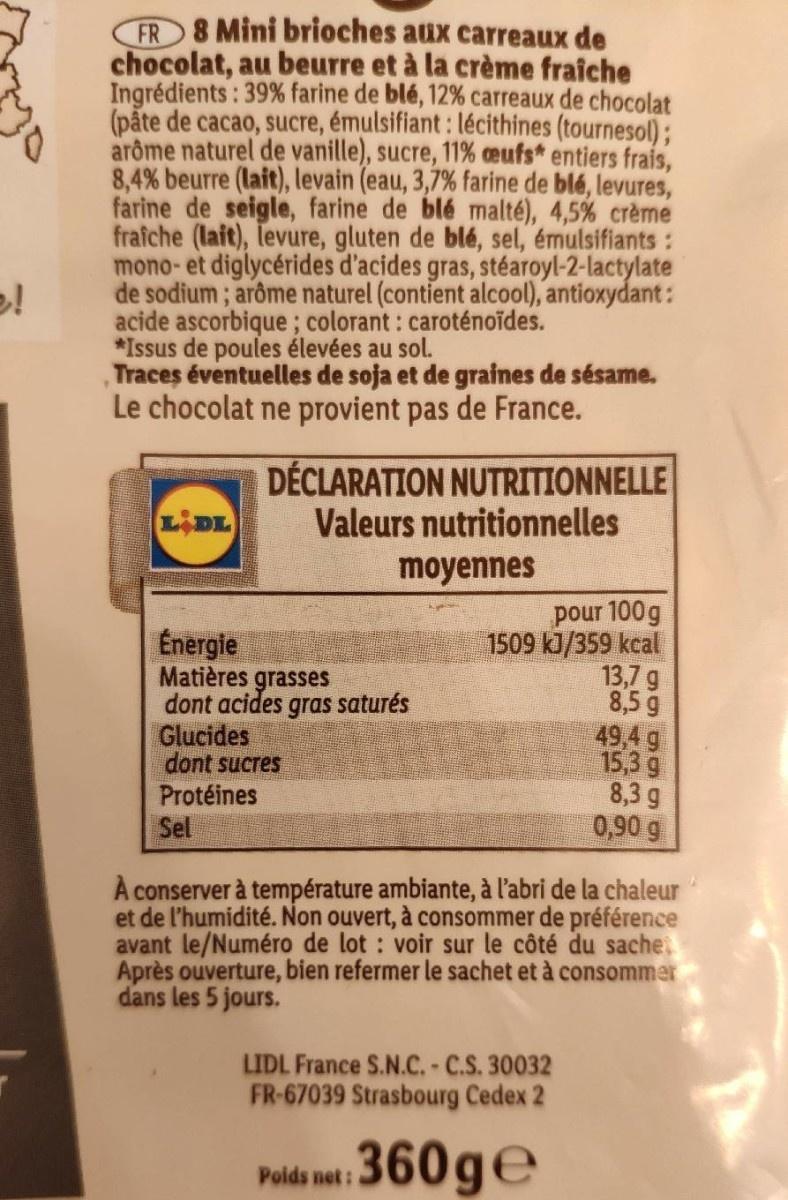
FR 8 Mini brioches aux carreaux de chocolat, au beurre et à la crème fraîche Ingrédients: 39% farine de blé, 12% carreaux de chocolat (påte de cacao, sucre, émulsifiant: lécithines (tournesol); arôme naturel de vanille), sucre, 11% ceufs entiers frais, 8,4% beurre (lait), levain (eau, 3,7% farine de blé, levures, farine de seigle, farine de blé malté), 4,5% crème frafche (lait), levure, gluten de blé, sel, émulsifiants : mono- et diglycérides d'acides gras, stéaroyl-2-lactylate de sodium; arôme naturel (contient alcool), antioxydant: acide ascorbique; colorant : caroténoides. *Issus de poules élevées au sol. Traces éventuelles de soja et de graines de sésame. Le chocolat ne provient pas de France.
DÉCLARATION NUTRITIONNELLE Valeurs nutritionnelles
LIDL
moyennes
Energie Matières grasses dont acides gras saturés Glucides dont sucres Protéines Sel
pour 100g 1509 kJ/359 kcal 13,7 g 8,5 g 49,4 g 15,3 g 8,3 9 0,90 g
À conserver à température ambiante, à l'abri de la chaleur et de l'humidité. Non ouvert, à consommer de préférence avant le/Numéro de lot : voir sur le côté du sache Après ouverture, bien refermer le sachet et à consommer dans les 5 jours.
LIDL France S.N.C.-C.S. 30032 FR-67039 Strasbourg Cedex 2
360ge
Poids net: